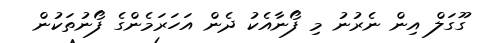
ގޫގަލް އިން ނެރުނު މި ފޯނާއެކު ދެން އަހަރަމެންގެ ފޯނުތަކުން